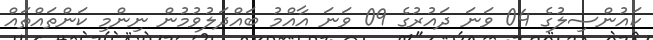
ކައުންސިލުގެ 04 ވަނަ ދައުރުގެ 09 ވަނަ އާއްމު ބައްދަލުވުމުން ނިންމި ކަންތައްތައް